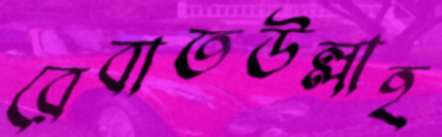
রেবাতউল্লাহ